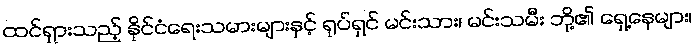
ထင်ရှားသည့် နိုင်ငံရေးသမားများနှင့် ရုပ်ရှင် မင်းသား၊ မင်းသမီး ဘို့၏ ရှေ့နေများ၊